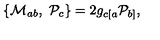
\{ { \cal M } _ { a b } , \ { \cal P } _ { c } \} = 2 g _ { c [ a } { \cal P } _ { b ] } ,